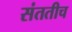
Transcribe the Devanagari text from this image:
संततीच